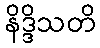
နိဒ္ဒိသတိ